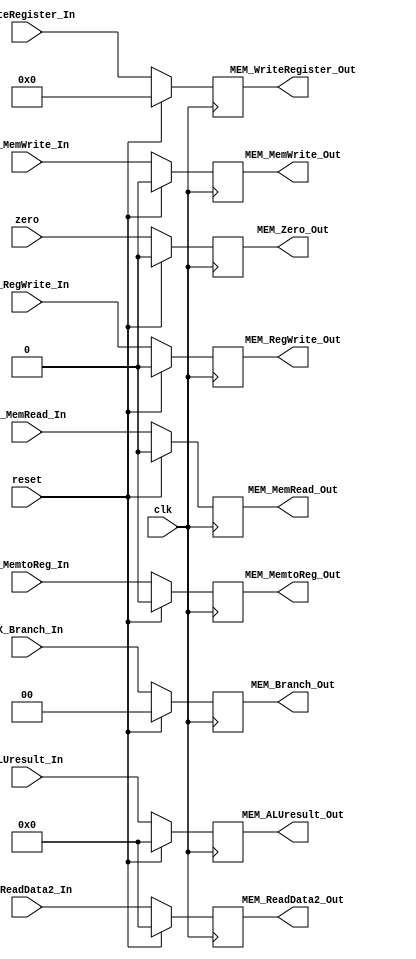
module EXE_MEM(clk,reset,EX_MemWrite_In,EX_MemRead_In,EX_MemtoReg_In,EX_RegWrite_In,zero,EX_Branch_In,ALUresult_In,EX_ReadData2_In,WriteRegister_In,MEM_MemWrite_Out,MEM_MemRead_Out,MEM_MemtoReg_Out,MEM_RegWrite_Out,MEM_Zero_Out,MEM_Branch_Out,MEM_ALUresult_Out,MEM_ReadData2_Out,MEM_WriteRegister_Out);
  input clk,reset;
  input EX_MemWrite_In, EX_MemRead_In, EX_MemtoReg_In, EX_RegWrite_In, zero;
  input [1:0]EX_Branch_In;
  input[31:0] ALUresult_In;
  input[31:0] EX_ReadData2_In;
  input[4:0] WriteRegister_In;
  output reg MEM_MemWrite_Out, MEM_MemRead_Out, MEM_MemtoReg_Out, MEM_RegWrite_Out, MEM_Zero_Out;
  output reg[1:0] MEM_Branch_Out;
  output reg[31:0] MEM_ALUresult_Out;
  output reg[31:0] MEM_ReadData2_Out;
  output reg[4:0] MEM_WriteRegister_Out;


  always @(posedge clk) begin //or reset
    if(reset)begin
      MEM_Branch_Out <= 0;
      MEM_ALUresult_Out <= 0;
      MEM_ReadData2_Out <= 0;
      MEM_WriteRegister_Out <= 0;
      MEM_MemWrite_Out <= 0;
      MEM_MemRead_Out <= 0;
      MEM_MemtoReg_Out <= 0;
      MEM_RegWrite_Out <= 0;
      MEM_Zero_Out <= 0;
    end
    else begin
      MEM_Branch_Out <= EX_Branch_In;
      MEM_WriteRegister_Out <= WriteRegister_In;
      MEM_RegWrite_Out <= EX_RegWrite_In;
      MEM_Zero_Out <= zero;
      MEM_ALUresult_Out <= ALUresult_In;
      MEM_MemtoReg_Out <= EX_MemtoReg_In;
      MEM_MemRead_Out <= EX_MemRead_In;
      MEM_MemWrite_Out <= EX_MemWrite_In;
      MEM_ReadData2_Out <= EX_ReadData2_In;
    end
  end

endmodule //EXE_MEM